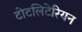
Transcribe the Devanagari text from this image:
टोटलिटेरियन